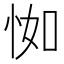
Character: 𢘾